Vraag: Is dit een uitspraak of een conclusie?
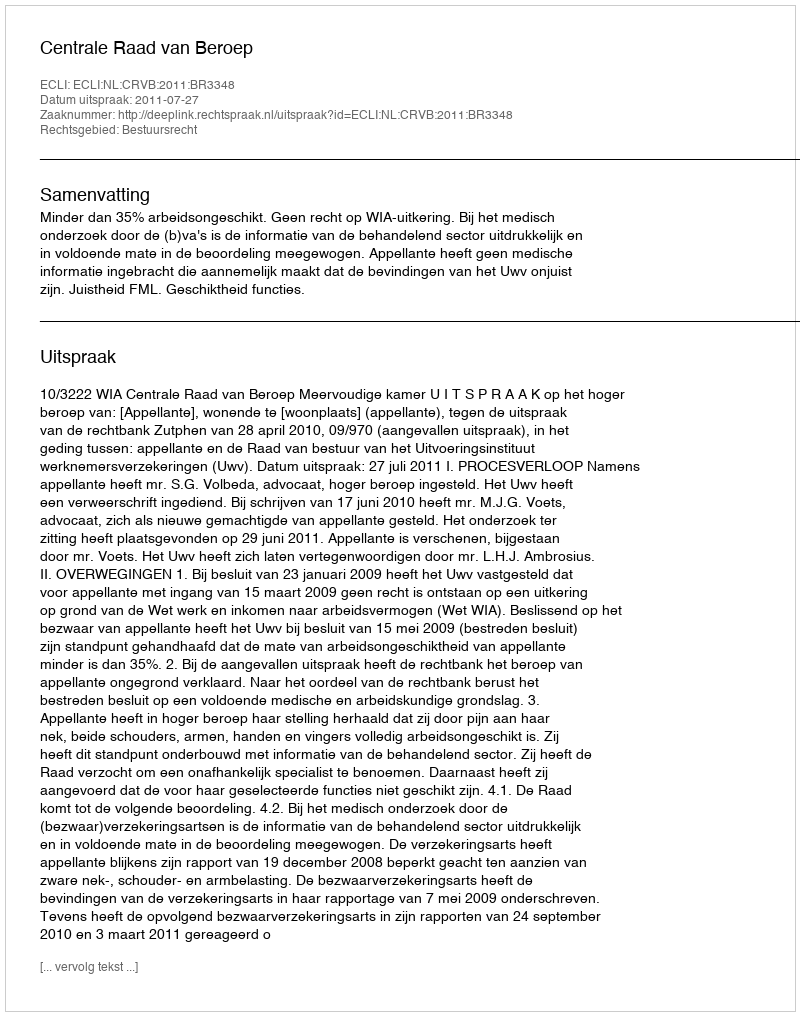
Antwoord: Uitspraak